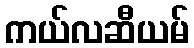
ကယ်လဆီယမ်